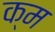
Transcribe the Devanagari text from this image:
क्म